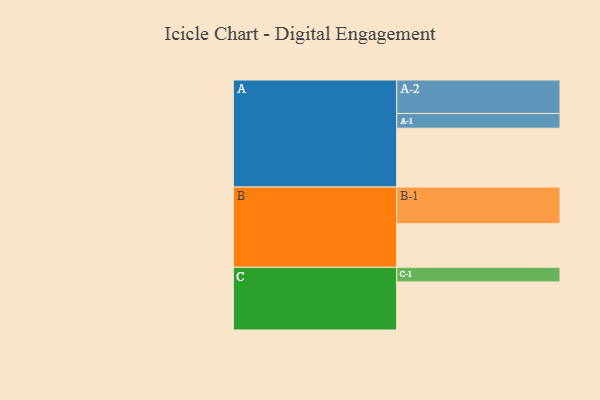
{"axis": {"x": "Segment", "y": "Value"}, "legend": ["", "A", "B", "C"], "data": [{"x": "A", "y": 443, "type": ""}, {"x": "B", "y": 328, "type": ""}, {"x": "C", "y": 362, "type": ""}, {"x": "A-1", "y": 111, "type": "A"}, {"x": "A-2", "y": 252, "type": "A"}, {"x": "B-1", "y": 276, "type": "B"}, {"x": "C-1", "y": 110, "type": "C"}]}